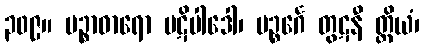
၃၀၉။ မဉ္စာဓာရော ပဋိပါဒေါ၊ မဉ္စင်္ဂေ တွဋနီ တ္ထိယံ၊